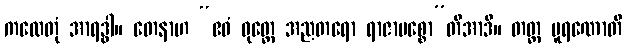
ကထေတုံ အာရဒ္ဓါ။ တေနာဟ “ဧဝံ ဝုတ္တေ အညတရော ရာဇာမစ္စော”တိအာဒိ။ တတ္ထ ပူရဏောတိ